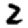
Digit: 2